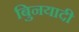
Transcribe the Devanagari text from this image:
बुिनयादी